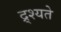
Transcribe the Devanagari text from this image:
द्र्श्यते